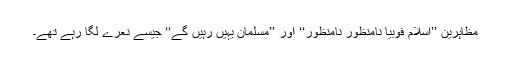
مظاہرین ’’اسلام فوبیا نامنظور نامنظور‘‘ اور ’’مسلمان یہیں رہیں گے‘‘ جیسے نعرے لگا رہے تھے۔